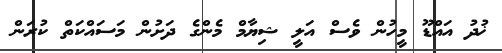
ޚުދު އައްޑޫ މީހުން ވެސް އަލީ ޝިޔާމް މެންގެ ދަށުން މަސައްކަތް ކުރަން